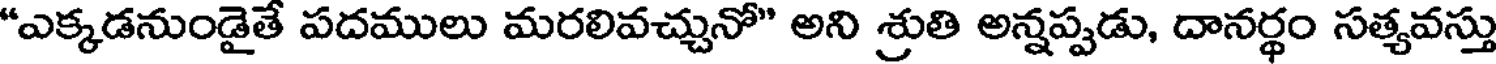
"ఎక్కడనుండైతే పదములు మరలివచ్చునో" అని శ్రుతి అన్నప్పడు, దానర్థం సత్యవస్తు